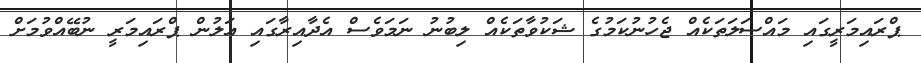
ޕްރައިމަރީގައި މައްސަލަތަކެއް ޖެހުނުކަމުގެ ޝަކުވާތަކެއް ލިބުނު ނަމަވެސް އެދާއިރާގައި އަލުން ޕްރައިމަރީ ނުބޭއްވުމަށް